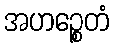
အဟဉ္စေတံ